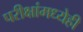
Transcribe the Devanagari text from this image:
परीक्षांमध्येही